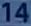
14